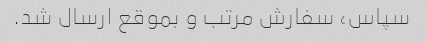
سپاس، سفارش مرتب و بموقع ارسال شد.